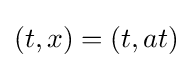
(t,x)=(t,at)